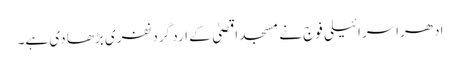
ادھراسرائیلی فوج نے مسجد اقصیٰ کے ارد گرد نفری بڑھا دی ہے۔